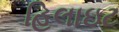
હિલાઇટ